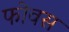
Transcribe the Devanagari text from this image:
फोवस